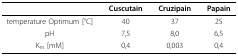
<table><thead><tr><td></td><td><b>Cuscutain</b></td><td><b>Cruzipain</b></td><td><b>Papain</b></td></tr></thead><tbody><tr><td>temperature Optimum [°C]</td><td>40</td><td>37</td><td>25</td></tr><tr><td>pH</td><td>7,5</td><td>8,0</td><td>6,5</td></tr><tr><td>K<sub>m </sub>[mM]</td><td>0,4</td><td>0,003</td><td>0,4</td></tr></tbody></table>